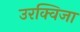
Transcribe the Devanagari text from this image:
उरक्विजा